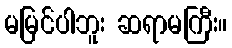
မမြင်ပါဘူး ဆရာမကြီး။